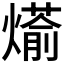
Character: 𮳹